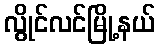
လွိုင်လင်မြို့နယ်